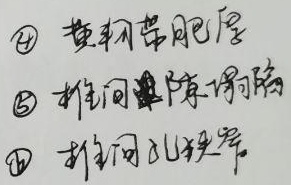
\textcircled{4} 黄韧带肥厚
\textcircled{5} 椎间隙狭窄
\textcircled{6} 椎间孔狭窄